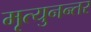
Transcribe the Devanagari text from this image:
मृत्युनन्तर